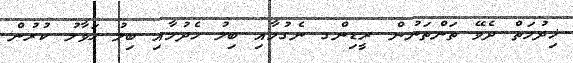
ޚިދުމަތް ދެވޭ ތަންތަނުން ރީޑިންގ ނެގުމާއި ބިލު ހެދުމާއި ބިލު ޙަވާލު ކުރުން